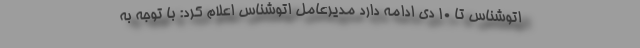
اتوشناس تا 10 دی ادامه دارد مدیرعامل اتوشناس اعلام کرد: با توجه به